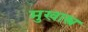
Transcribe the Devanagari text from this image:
मुखास्त्र